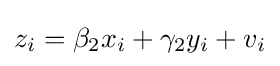
z_{i}=\beta _{2}x_{i}+\gamma _{2}y_{i}+v_{i}